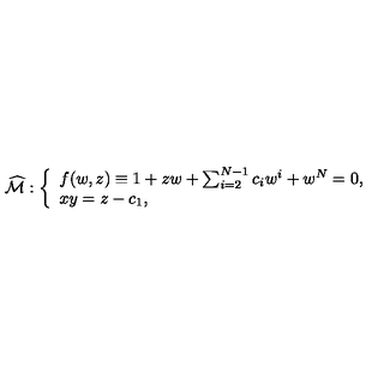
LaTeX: \widehat { { \cal M } } : \left\{ \begin{array} { l } { f ( w , z ) \equiv 1 + z w + \sum _ { i = 2 } ^ { N - 1 } c _ { i } w ^ { i } + w ^ { N } = 0 , } \\ { x y = z - c _ { 1 } , } \\ \end{array} \right.